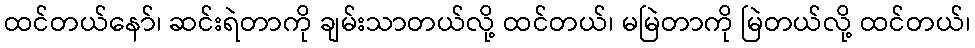
ထင်တယ်နော်၊ ဆင်းရဲတာကို ချမ်းသာတယ်လို့ ထင်တယ်၊ မမြဲတာကို မြဲတယ်လို့ ထင်တယ်၊